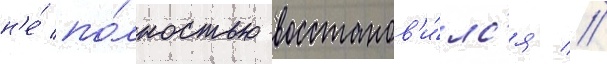
н'е́ по́лностью восстанов'и́лс'я //